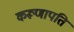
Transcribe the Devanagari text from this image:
करूणापति